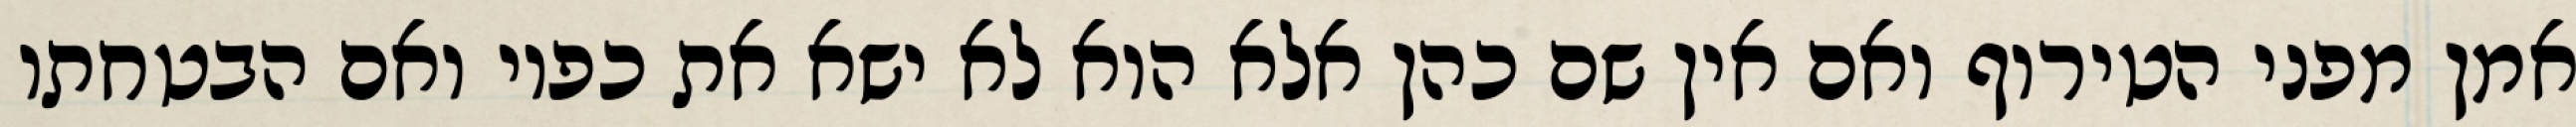
אמן מפני הטירוף ואם אין שם כהן אלא הוא לא ישא את כפיו ואם הבטחתו